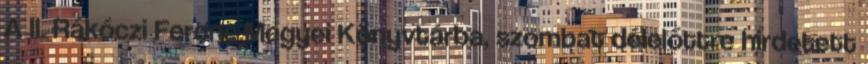
A II. Rákóczi Ferenc Megyei Könyvtárba, szombat délelőttre hirdetett